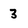
Character: 3